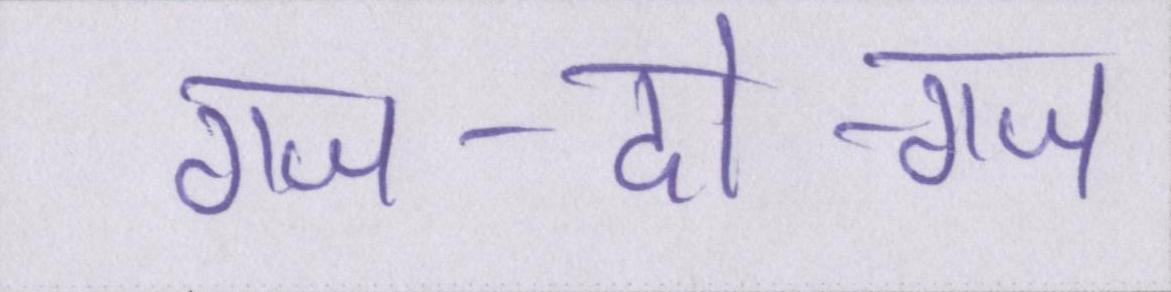
गज-दो-गज